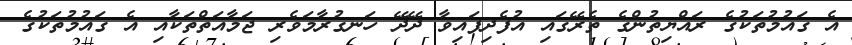
އެ ގައުމުތަކުގެ ރައްޔިތުންގެ ތެރޭގައި އުފެދިފައިވާ ދޭދޭ ހަނގުރާމަވެރި ޖަމާއަތްތަކާއި އެ ގައުމުތަކުގެ